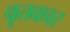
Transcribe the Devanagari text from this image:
वृतकार